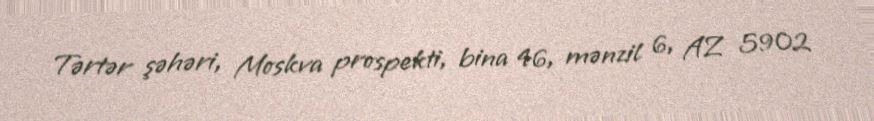
Tərtər şəhəri, Moskva prospekti, bina 46, mənzil 6, AZ 5902